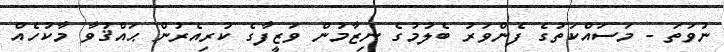
ނުވަތަ - މަސައްކަތުގެ ފެންވަރު ބެލުމުގެ ނިޒާމުން ވަޒީފާގެ ކުރިއެރުން ޙައްޤުވާ މާކުހެއް